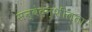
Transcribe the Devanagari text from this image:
सन्वेदन्शीलता